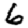
Digit: 6